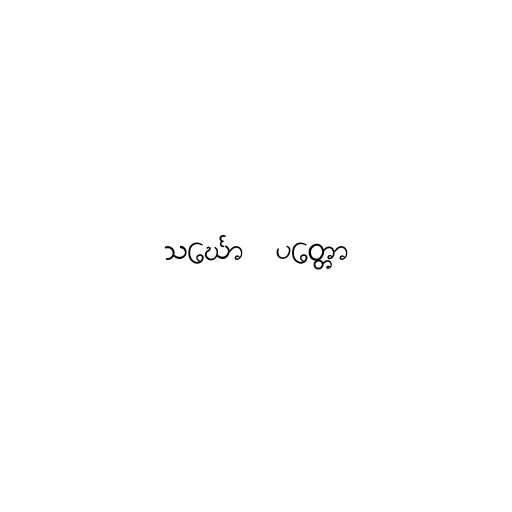
သင်္ဃော  ပတ္တော